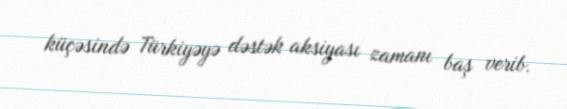
küçəsində Türkiyəyə dəstək aksiyası zamanı baş verib.